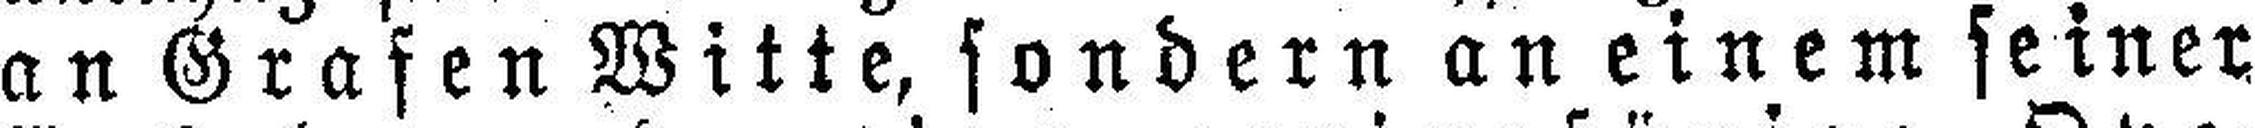
an Grafen Witte, sondern an einem seiner